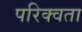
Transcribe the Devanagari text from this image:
परिक्वता